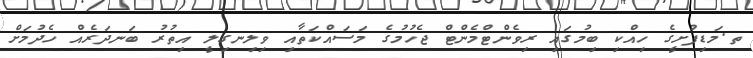
ތ.މަޑިފުށީގެ ހިއްކި ބިމުގައި ރިވެންޓްމެންޓް ޖެހުމުގެ މަސައްކަތާއި ވިލިނގިލީ އިތުރު ބަނދަރެއް ހެދުމަށް